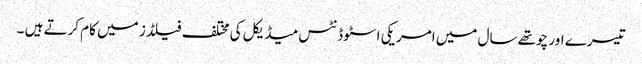
تیسرے اور چوتھے سال میں امریکی اسٹوڈنٹس میڈیکل کی مختلف فیلڈز میں کام کرتے ہیں ۔